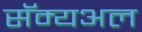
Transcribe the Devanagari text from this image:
सॅम्यअल